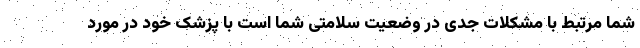
شما مرتبط با مشکلات جدی در وضعیت سلامتی شما است با پزشک خود در مورد